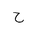
Letter: _ha